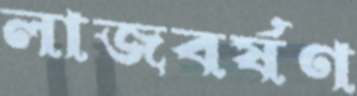
লাজবর্ষণ